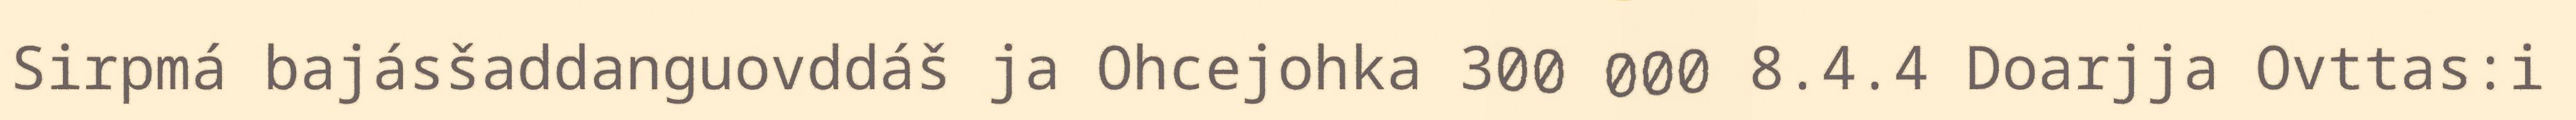
Sirpmá bajásšaddanguovddáš ja Ohcejohka 300 000 8.4.4 Doarjja Ovttas:i